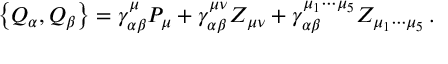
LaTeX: \left\{ Q _ { \alpha } , Q _ { \beta } \right\} = \gamma _ { \alpha \beta } ^ { \mu } P _ { \mu } + \gamma _ { \alpha \beta } ^ { \mu \nu } Z _ { \mu \nu } + \gamma _ { \alpha \beta } ^ { \mu _ { 1 } \cdots \mu _ { 5 } } Z _ { \mu _ { 1 } \cdots \mu _ { 5 } } \, .